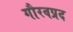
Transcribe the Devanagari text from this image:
गौरवप्रद